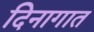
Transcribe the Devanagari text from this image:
दिनागात